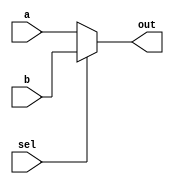
`timescale 1ns / 1ps
//////////////////////////////////////////////////////////////////////////////////
// Company: 
// Engineer: 
// 
// Design Name: 
// Module Name: Multiplexer
// Project Name: 
// Target Devices: 
// Tool Versions: 
// Description: 
// 
// Dependencies: 
// 
// Revision:
// Revision 0.01 - File Created
// Additional Comments:
// 
//////////////////////////////////////////////////////////////////////////////////


module Multiplexer#(parameter DATA_WIDTH = 32)(
    input wire sel, 
    input wire [DATA_WIDTH-1:0] a, 
    input wire [DATA_WIDTH -1:0] b,
    output wire [DATA_WIDTH-1:0] out);
    
  
    
    assign out = (sel == 0) ? a : b;
    
endmodule